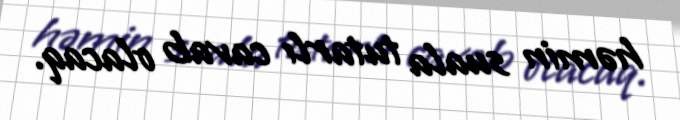
həmin suala tutarlı cavab olacaq.